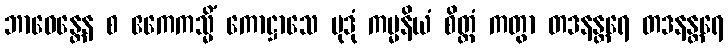
ဘာဝေန္တေန စ ဧကေကသ္မိံ ကောဋ္ဌာသေ မုဒုံ ကမ္မနိယံ စိတ္တံ ကတွာ တဒနန္တရေ တဒနန္တရေ